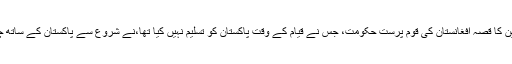
اسی ڈیورنڈ لین کا قصہ افغانستان کی قوم پرست حکومت، جس نے قیامِ کے وقت پاکستان کو تسلیم نہیں کیا تھا،نے شروع سے پاکستان کے ساتھ چھیڑے رکھا۔